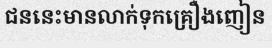
ជននេះមានលាក់ទុកគ្រឿងញៀន